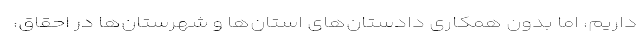
داریم، اما بدون همکاری دادستان‌های استان‌ها و شهرستان‌ها در احقاق،